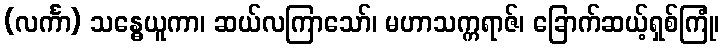
(လင်္ကာ) သန္ဓေယူကာ၊ ဆယ်လကြာသော်၊ မဟာသက္ကရာဇ်၊ ခြောက်ဆယ့်ရှစ်ကြုံ၊